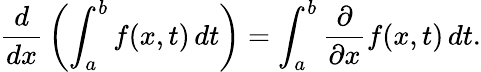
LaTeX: {\frac{d}{dx}}\left(\int_{a}^{b}f(x,t)\, dt\right)=\int_{a}^{b}{\frac{\partial}{\partial x}}f(x,t)\, dt.